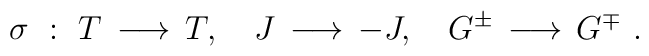
\sigma ~:~ T\,\longrightarrow\, T,~~~J\,\longrightarrow\, -J,~~~G^{\pm}\,\longrightarrow\, G^{\mp} ~.